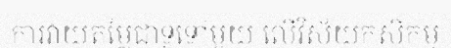
ការវាយតម្លៃជាទូទៅមួយ លើវិស័យកសិកម្ម